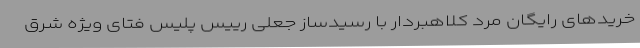
خریدهای رایگان مرد کلاهبردار با رسیدساز جعلی رییس پلیس فتای ویژه شرق